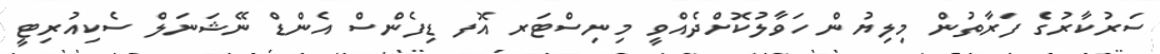
ސަރުކާރުގެ ފަރާތުން މިލިޔުން ހަވާލުކޮށްދެއްވީ މިނިސްޓަރ އޮފ ޑިފެންސް އެންޑް ނޭޝަނަލް ސެކިއުރިޓީ